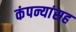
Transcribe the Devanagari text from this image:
कंपन्यांसह